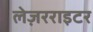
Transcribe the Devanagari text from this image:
लेज़रराइटर